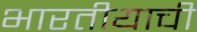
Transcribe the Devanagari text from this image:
भारतीयाची